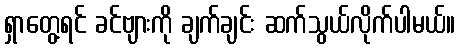
ရှာတွေ့ရင် ခင်ဗျားကို ချက်ချင်း ဆက်သွယ်လိုက်ပါမယ်။